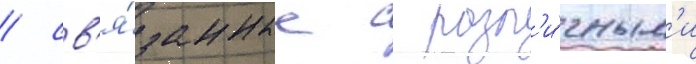
/ св'я́занные с разл'и́чным'и